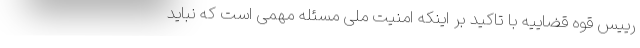
رییس قوه قضاییه با تاکید بر اینکه امنیت ملی مسئله مهمی است که نباید